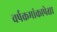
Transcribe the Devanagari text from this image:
वर्षक्रमांकापेक्षा